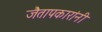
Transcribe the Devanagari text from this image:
जैतापकारांनी